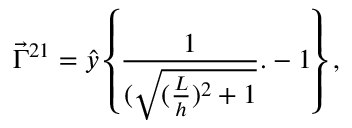
\vec { \Gamma } ^ { 2 1 } = \hat { y } \left\{ \frac { 1 } { ( \sqrt { ( \frac { L } { h } ) ^ { 2 } + 1 } } . - 1 \right\} ,